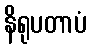
နိရုပတာပံ